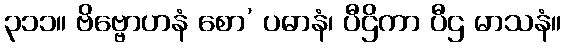
၃၁၁။ ဗိဗ္ဗောဟနံ စော’ ပဓာနံ၊ ပီဌိကာ ပီဌ မာသနံ။